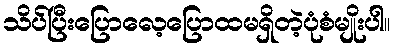
သိပ်ပြီးပြောလေ့ပြောထမရှိတဲ့ပုံစံမျိုးပါ။